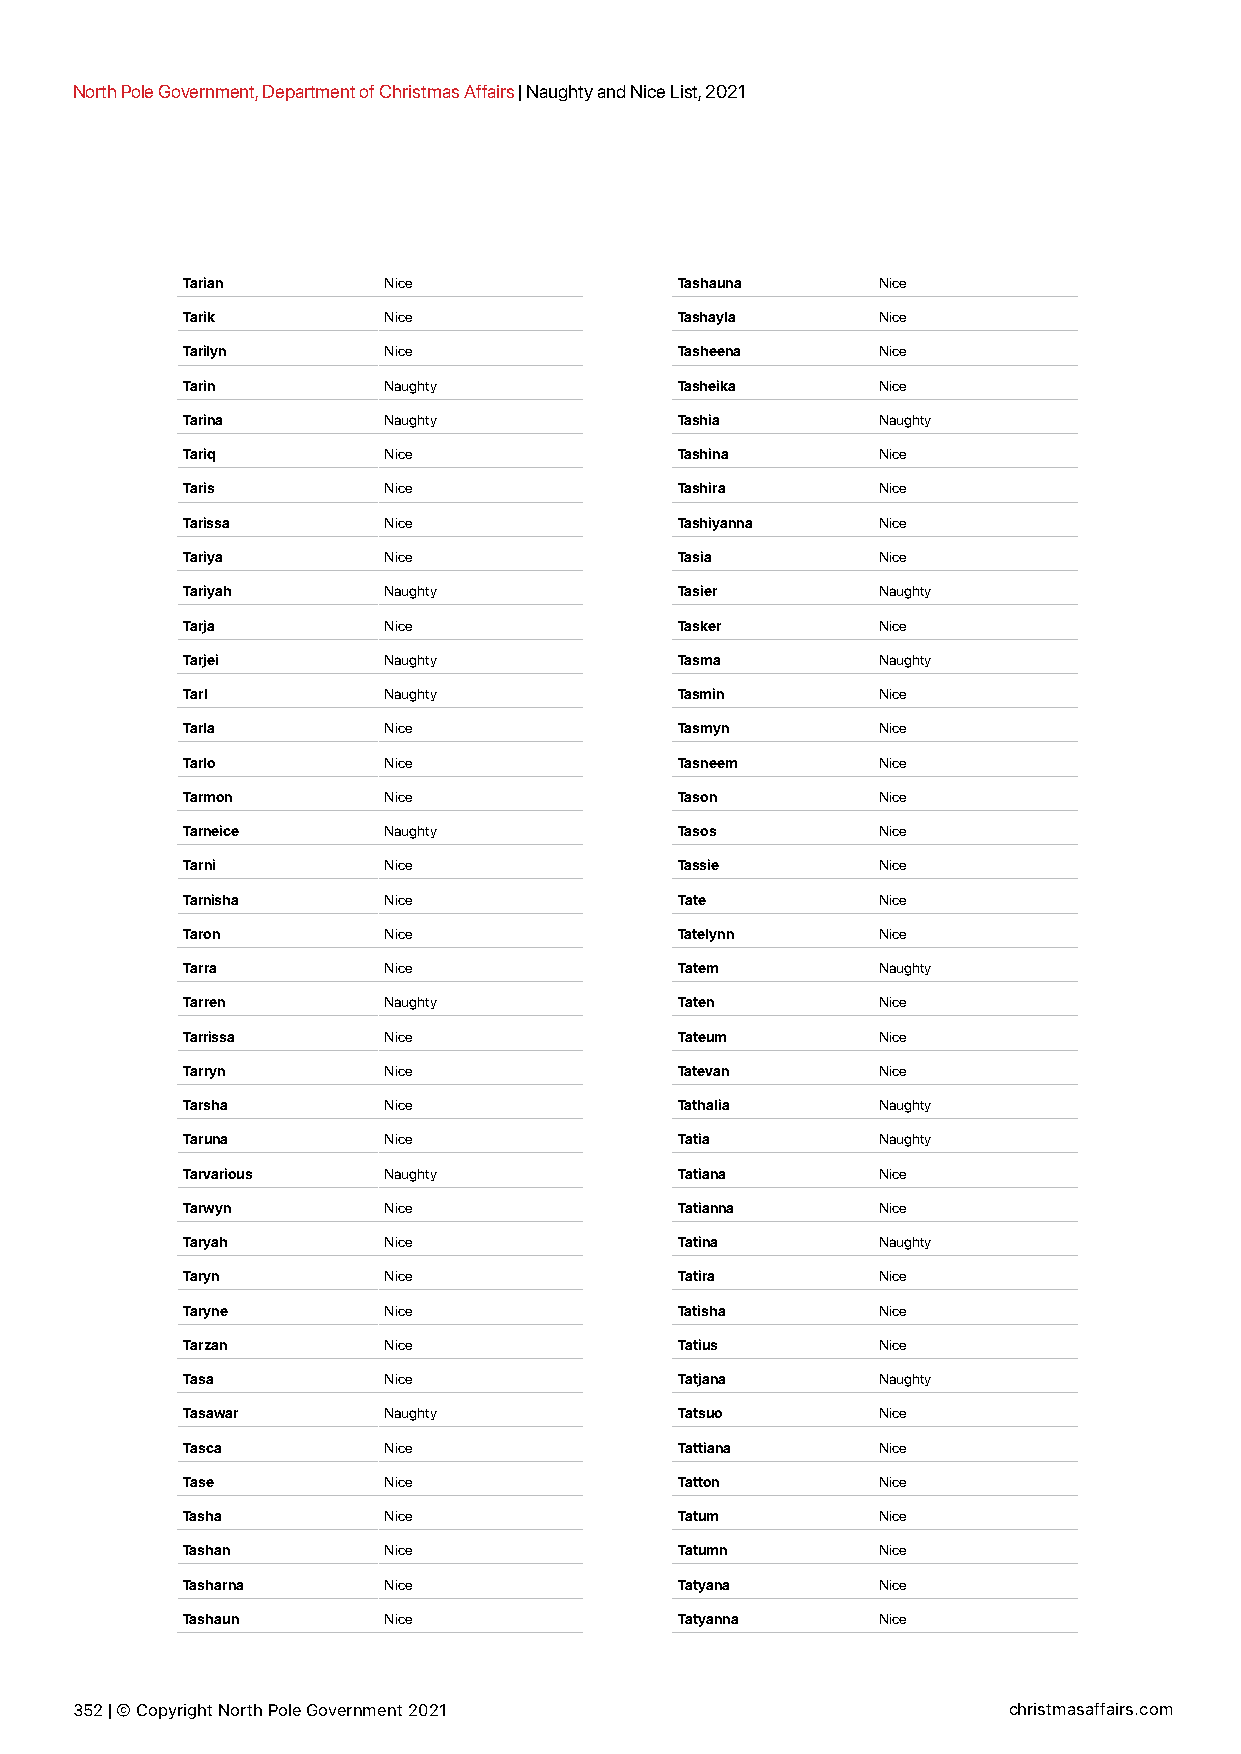
North Pole Government, Department of Christmas Affairs | Naughty and Nice List, 2021
 Tarian       Nice                Tashauna     Nice
 Tarik        Nice                Tashayla     Nice
 Tarilyn      Nice                Tasheena     Nice
 Tarin        Naughty             Tasheika     Nice
 Tarina       Naughty             Tashia       Naughty
 Tariq        Nice                Tashina      Nice
 Taris        Nice                Tashira      Nice
 Tarissa      Nice                Tashiyanna   Nice
 Tariya       Nice                Tasia        Nice
 Tariyah      Naughty             Tasier       Naughty
 Tarja        Nice                Tasker       Nice
 Tarjei       Naughty             Tasma        Naughty
 Tarl         Naughty             Tasmin       Nice
 Tarla        Nice                Tasmyn       Nice
 Tarlo        Nice                Tasneem      Nice
 Tarmon       Nice                Tason        Nice
 Tarneice     Naughty             Tasos        Nice
 Tarni        Nice                Tassie       Nice
 Tarnisha     Nice                Tate         Nice
 Taron        Nice                Tatelynn     Nice
 Tarra        Nice                Tatem        Naughty
 Tarren       Naughty             Taten        Nice
 Tarrissa     Nice                Tateum       Nice
 Tarryn       Nice                Tatevan      Nice
 Tarsha       Nice                Tathalia     Naughty
 Taruna       Nice                Tatia        Naughty
 Tarvarious   Naughty             Tatiana      Nice
 Tarwyn       Nice                Tatianna     Nice
 Taryah       Nice                Tatina       Naughty
 Taryn        Nice                Tatira       Nice
 Taryne       Nice                Tatisha      Nice
 Tarzan       Nice                Tatius       Nice
 Tasa         Nice                Tatjana      Naughty
 Tasawar      Naughty             Tatsuo       Nice
 Tasca        Nice                Tattiana     Nice
 Tase         Nice                Tatton       Nice
 Tasha        Nice                Tatum        Nice
 Tashan       Nice                Tatumn       Nice
 Tasharna     Nice                Tatyana      Nice
 Tashaun      Nice                Tatyanna     Nice
 352 | © Copyright North Pole Government 2021                  christmasaffairs.com